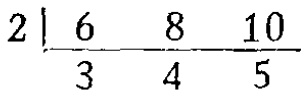
\[

\begin{array}{l|lll}

2 & 6 & 8 & 10 \\

\hline

 & 3 & 4 & 5

\end{array}

\]